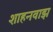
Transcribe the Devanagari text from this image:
शाहनवाझ